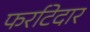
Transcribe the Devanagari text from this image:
फर्राटेदार